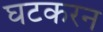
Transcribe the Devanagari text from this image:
घटकरन